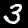
Label: 3